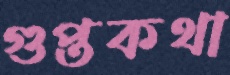
গুপ্তকথা